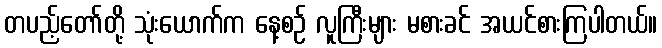
တပည့်တော်တို့ သုံးယောက်က နေ့စဉ် လူကြီးများ မစားခင် အယင်စားကြပါတယ်။